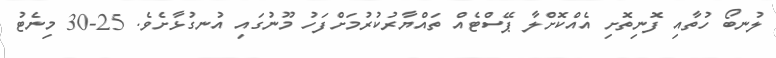
ލުނބޯ ހުތާއި ފޮނިތޮށި އެއްކޮށްލާ ޕޭސްޓެއް ތައްޔާރުކުރުމަށްފަހު މޫނުގައި އުނގުޅާށެވެ. 25-30 މިނެޓު